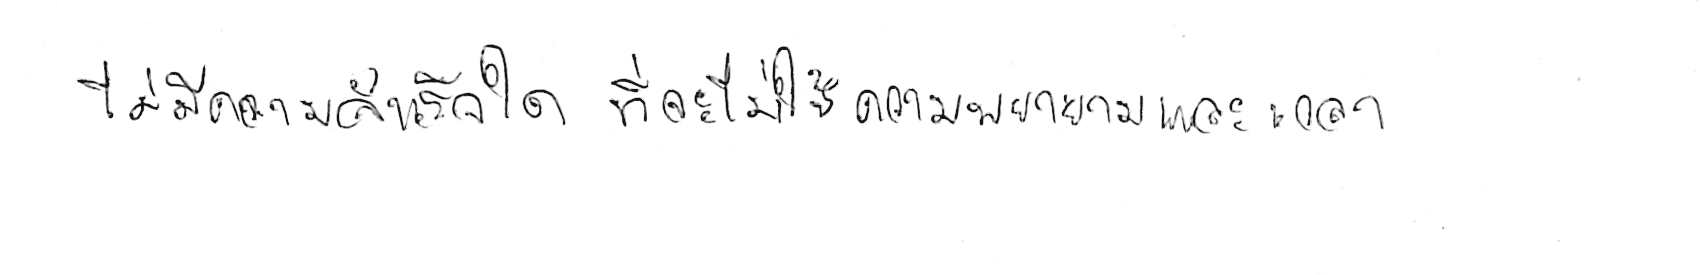
ไม่มีความสำเร็จใด ที่จะไม่ใช้ความพยายามและเวลา